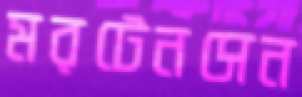
মরটেনসেন